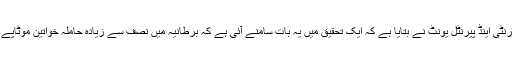
تفصیلات کے مطابق نیشنل میٹرنٹی اینڈ پیرنٹل یونٹ نے بتایا ہے کہ ایک تحقیق میں یہ بات سامنے آئی ہے کہ برطانیہ میں نصف سے زیادہ حاملہ خواتین موٹاپے یا زائد وزن کا شکار ہوتی ہیں۔